Lyperosia minuta, Bezzi - Number 59
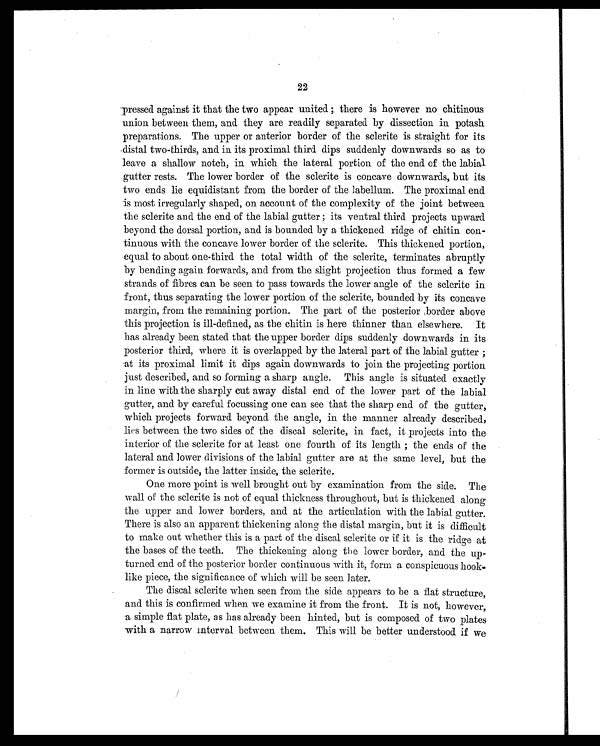
22
pressed against it that the two appear united ; there is however no chitinous
union between them, and they are readily separated by dissection in potash
preparations. The upper or anterior border of the sclerite is straight for its
distal two-thirds, and in its proximal third dips suddenly downwards so as to
leave a shallow notch, in which the lateral portion of the end of the labial
gutter rests. The lower border of the sclerite is concave downwards, but its
two ends lie equidistant from the border of the labellum. The proximal end
is most irregularly shaped, on account of the complexity of the joint between
the sclerite and the end of the labial gutter ; its ventral third projects upward
beyond the dorsal portion, and is bounded by a thickened ridge of chitin con
- t i n u o u s w i t h t h e c o n c a v e l o w e r b o r d e r o f t h e s c l e r i t e . T h i s t h i c k e n e d p o r t i o n ,
equal to about one-third the total width of the sclerite, terminates abruptly
by bending again forwards, and from the slight projection thus formed a few
strands of fibres can be seen to pass towards the lower angle of the sclerite in
front, thus separating the lower portion of the sclerite, bounded by its concave
margin, from the remaining portion. The part of the posterior border above
this projection is ill-defined, as the chitin is here thinner than elsewhere. It
has already been stated that the upper border dips suddenly downwards in its
posterior third, where it is overlapped by the lateral part of the labial gutter ;
at its proximal limit it dips again downwards to join the projecting portion
just described, and so forming a sharp angle. This angle is situated exactly
in line with the sharply cut away distal end of the lower part of the labial
gutter, and by careful focussing one can see that the sharp end of the gutter,
which projects forward beyond the angle, in the manner already described,
lies between the two sides of the discal sclerite, in fact, it projects into the
interior of the sclerite for at least one fourth of its length ; the ends of the
lateral and lower divisions of the labial gutter are at the same level, but the
former is outside, the latter inside, the sclerite.
One more point is well brought out by examination from the side. The
wall or the sclerite is not of equal thickness throughout, but is thickened along
the upper and lower borders, and at the articulation with the labial gutter.
There is also an apparent thickening along the distal margin, but it is difficult
to make out whether this is a part of the discal sclerite or if it is the ridge at
the bases of the teeth. The thickening along the lower border, and the up-
turned end. of the posterior border continuous with it, form a conspicuous hook
- l i k e p i e c e , t h e s i g n i f i c a n c e o f w h i c h w i l l b e s e e n l a t e r .
The discal sclerite when seen from the side appears to be a flat structure,
and this is confirmed when we examine it from the front. It is not, however,
a simple flat plate, as has already been hinted, but is composed of two plates
with a narrow interval between them. This will be better understood if we